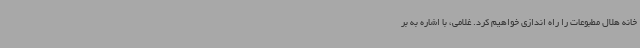
خانه هلال مطبوعات را راه اندازی خواهیم کرد. غلامی، با اشاره به بر